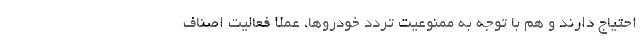
احتیاج دارند و هم با توجه به ممنوعیت تردد خودروها، عملاً فعالیت اصناف